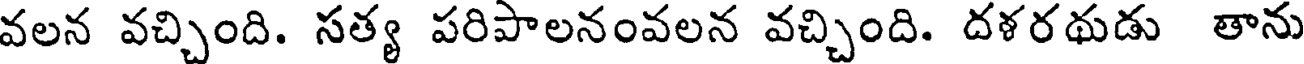
వలన వచ్చింది. సత్య పరిపాలనంవలన వచ్చింది. దళరథుడు తాను